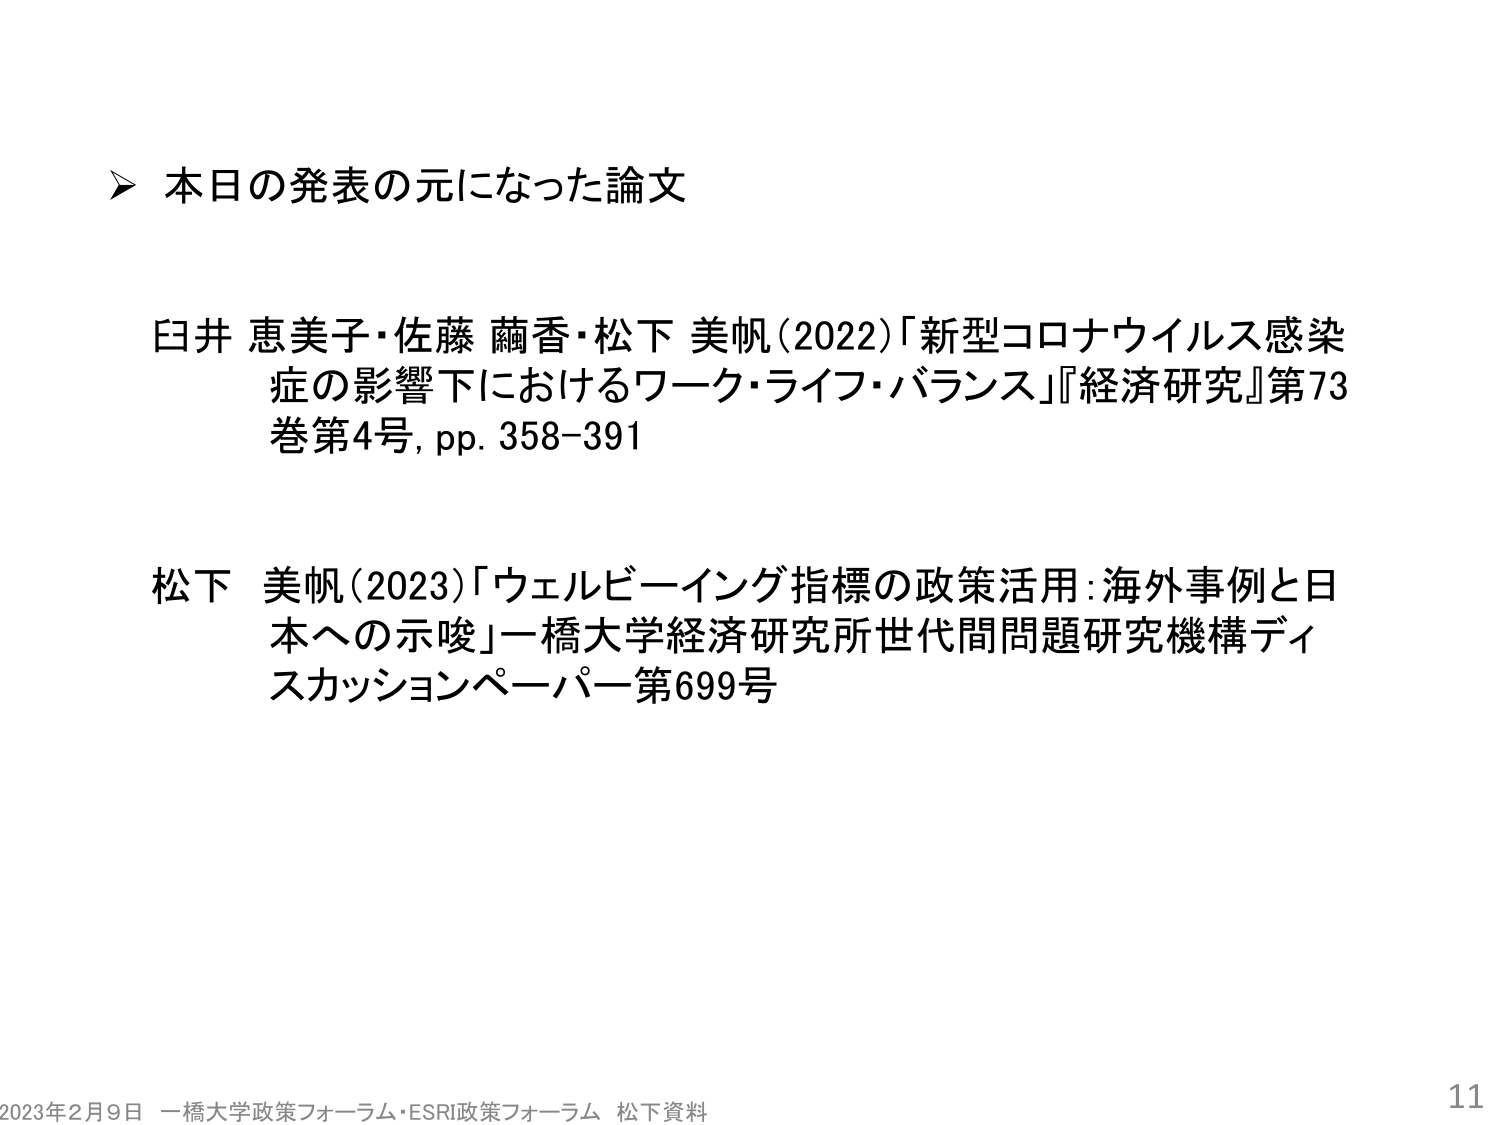
➤ 本日の発表の元になった論文

臼井 恵美子・佐藤 繭香・松下 美帆（2022）「新型コロナウイルス感染症の影響下におけるワーク・ライフ・バランス」『経済研究』第73巻第4号, pp. 358-391

松下 美帆（2023）「ウェルビーイング指標の政策活用：海外事例と日本への示唆」一橋大学経済研究所世代間問題研究機構ディスカッションペーパー第699号

2023年2月9日 一橋大学政策フォーラム・ESRI政策フォーラム 松下資料 11